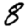
Digit: 8